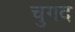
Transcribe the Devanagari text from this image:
चुगद